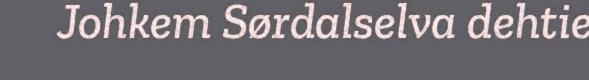
Johkem Sørdalselva dehtie